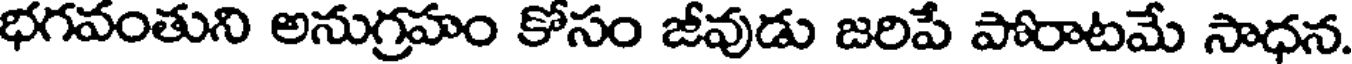
భగవంతుని అనుగ్రహం కోసం జీవుడు జరిపే పోరాటమే సాధన.